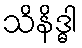
သိနိဒ္ဓါ